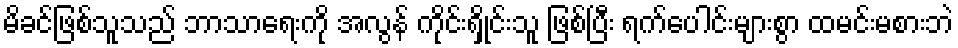
မိခင်ဖြစ်သူသည် ဘာသာရေးကို အလွန် ကိုင်းရှိုင်းသူ ဖြစ်ပြီး ရက်ပေါင်းများစွာ ထမင်းမစားဘဲ